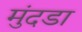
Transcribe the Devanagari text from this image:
मुंदडा